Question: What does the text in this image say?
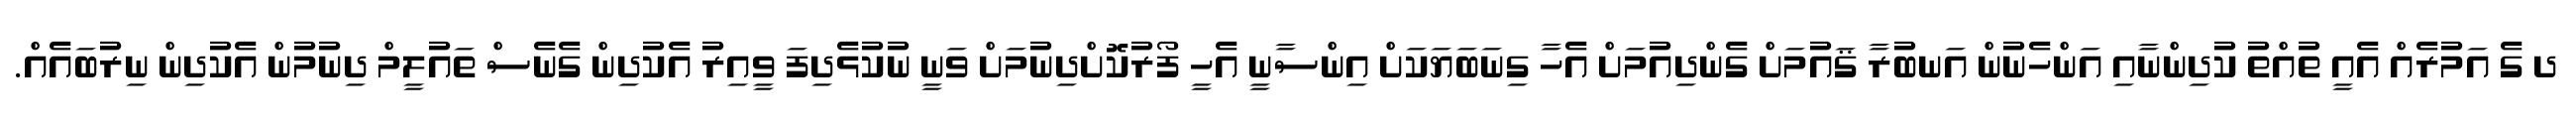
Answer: ދ ގެ އަމުރެއް އެއީ ތުއްތު ކުދިންނާއި އަންހެނުން އަނބުރާ ޤައުމަށް ގެންދިއުމަށް އެހާ ގިނަބަޔަކަށް އިންސާނީ އެހީ ފޯރުކޮށްދިނުމަށް ވަނީ ނުކުޅެދިފަ ވީއިރު އެކުދިން ގެނެސް ތައުލީމް ދިނުމުން އެކުދިން ނިރުބައެއް.